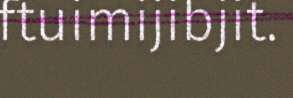
ftuimijibjit.